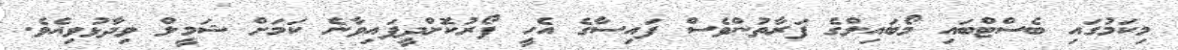
މިކަމުގައި ބެސްޓްބައި މޯބައިލްގެ ފަރާތުންވެސް ފައިސާގެ އެހީ ފޯރުކޮށްދީފައިވާނެ ކަމަށް ޝަމީލް ވިދާޅުވިއެވެ.